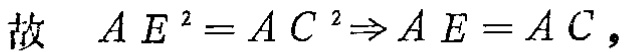
故 \(AE^{2}=AC^{2}\Rightarrow AE = AC\)，